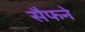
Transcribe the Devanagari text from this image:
सैफने